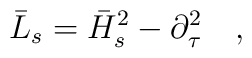
\bar{L}_s=\bar{H}_s^2-\partial^2_\tau~~~,